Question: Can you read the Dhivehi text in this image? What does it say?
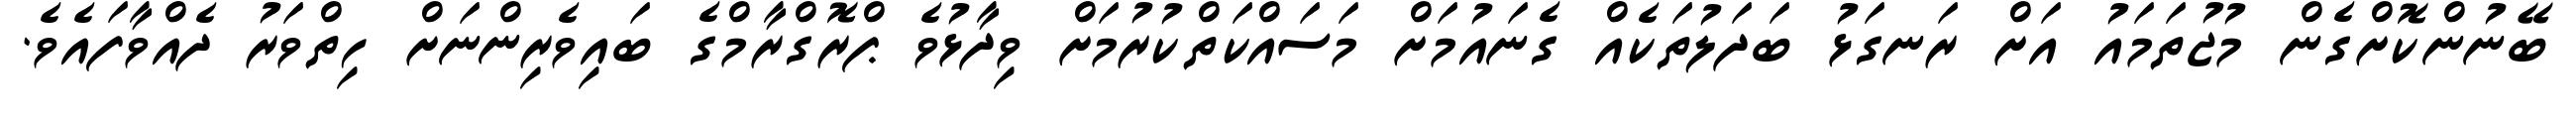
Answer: ބޭނުންކޮށްގެން މުޖުތަމައު އަށް ރަނގަޅު ބަދަލުތަކެއް ގެނައުމަށް މަސައްކަތްކުރުމަށް ވިދާޅުވެ ޕްރޮގްރާމްގެ ބައިވެރިންނަށް ހިތްވަރު ދެއްވާފައެވެ.